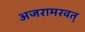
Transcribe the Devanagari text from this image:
अजरामरवत्